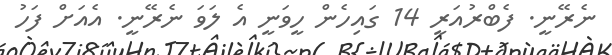
ނެރޭނީ. ފެބްރުއަރީ 14 ގައިހެން ހީވަނީ އެ ލަވަ ނެރޭނީ. އެއަށް ފަހު